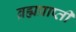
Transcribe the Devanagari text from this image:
ब्रह्मप्राप्ती